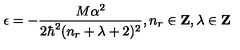
\epsilon = - \frac { M \alpha ^ { 2 } } { 2 \hbar ^ { 2 } ( n _ { r } + \lambda + 2 ) ^ { 2 } } , n _ { r } \in \mathrm { { \bf Z } } , \lambda \in \mathrm { { \bf Z } }